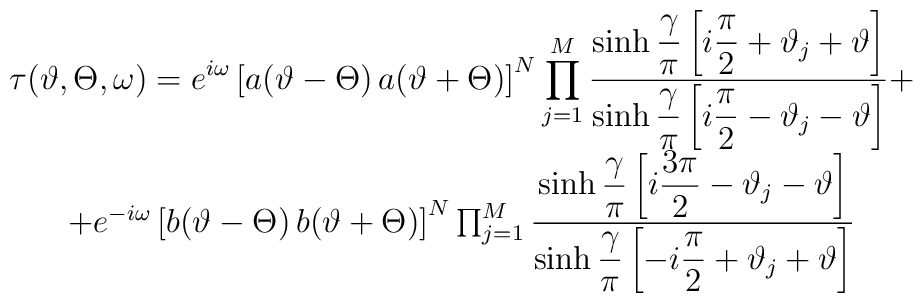
\begin{array}{c}\displaystyle \tau (\vartheta ,\Theta ,\omega )=e^{i\omega }\left[ a(\vartheta -\Theta )\, a(\vartheta +\Theta )\right] ^{N}\prod ^{M}_{j=1}\displaystyle\frac{\sinh \displaystyle\frac{\gamma }{\pi }\left[ i\displaystyle\frac{\pi }{2}+\vartheta _{j}+\vartheta \right] }{\sinh \displaystyle\frac{\gamma }{\pi }\left[ i\displaystyle\frac{\pi }{2}-\vartheta _{j}-\vartheta \right] }+\\+e^{-i\omega }\left[ b(\vartheta -\Theta )\, b(\vartheta +\Theta )\right] ^{N}\prod ^{M}_{j=1}\displaystyle\frac{\sinh \displaystyle\frac{\gamma }{\pi }\left[ i\displaystyle\frac{3\pi }{2}-\vartheta _{j}-\vartheta \right] }{\sinh \displaystyle\frac{\gamma }{\pi }\left[ -i\displaystyle\frac{\pi }{2}+\vartheta _{j}+\vartheta \right] }\end{array}